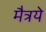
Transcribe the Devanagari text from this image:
मैत्रये